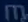
m